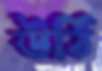
উঠি